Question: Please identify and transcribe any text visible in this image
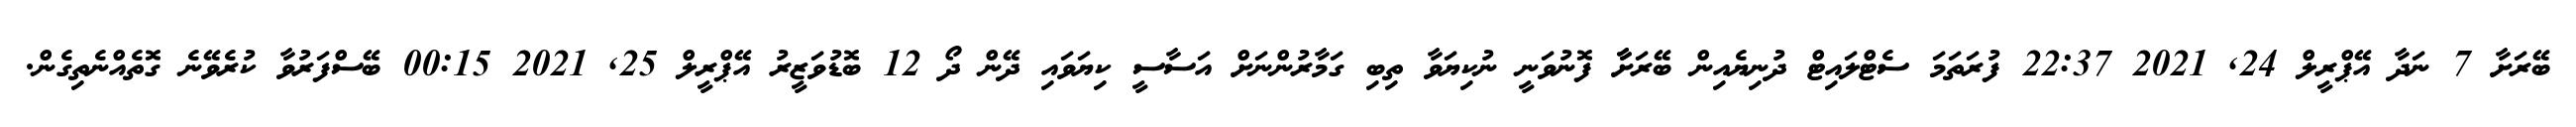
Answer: ބޭރަށާ 7 ނަދާ އޭޕްރީލް 24, 2021 22:37 ފުރަތަމަ ސެޓްލައިޓް ދުނިޔެއިން ބޭރަށާާ ފޮނުވަނީ ނުކިޔަވާ ތިބި ގަމާރުންނަށް އަސާސީ ކިޔަވައި ދޭން ދޯ 12 ބޮޑުވަޒީރު އޭޕްރީލް 25, 2021 00:15 ބޭސްފަރުވާ ކުރެވޭނެ ގޮތެއްނެތިގެން.